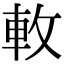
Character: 𨊴